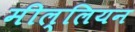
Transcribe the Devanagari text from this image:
मील्लियन